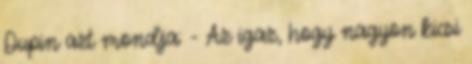
Dupin azt mondja: - Az igaz, hogy nagyon kicsi